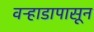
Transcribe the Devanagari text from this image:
वऱ्हाडापासून